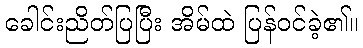
ခေါင်းညိတ်ပြပြီး အိမ်ထဲ ပြန်ဝင်ခဲ့၏။